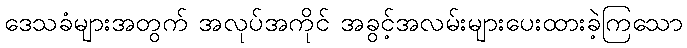
ဒေသခံများအတွက် အလုပ်အကိုင် အခွင့်အလမ်းများပေးထားခဲ့ကြသော